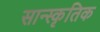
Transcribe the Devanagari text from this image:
सान्स्कृतिक